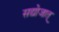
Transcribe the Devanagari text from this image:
सद्योजात्